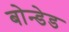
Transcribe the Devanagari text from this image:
बोन्‍डेड